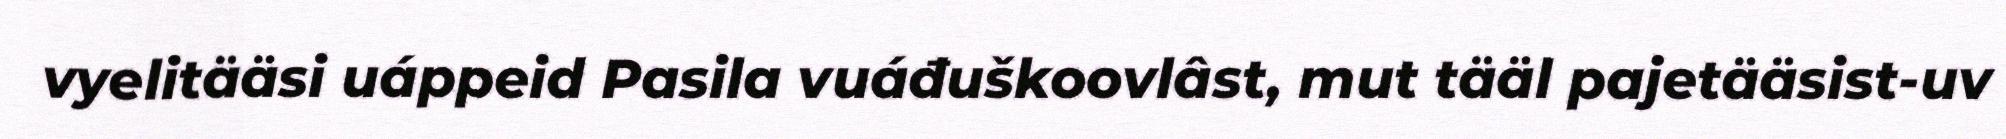
vyelitääsi uáppeid Pasila vuáđuškoovlâst, mut tääl pajetääsist-uv